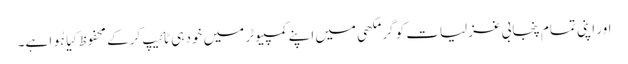
اور اپنی تمام پنجابی غزلیات کو گرمکھی میں اپنے کمپیوٹر میں خود ہی ٹائیپ کرکے محفوظ کِیا ہُوا ہے۔